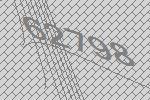
62798